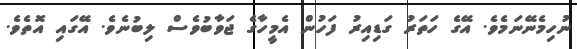
ނުހިމެނޭނަމެވެ. އޭގެ ހަތަރު ގަޑިއިރު ފަހުން އެމީހާގެ ޖަވާބުވެސް ލިބުނެވެ. އޭގައި އޮތެވެ.